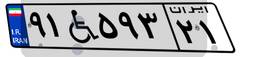
۹۱W۵۹۳۲۱